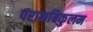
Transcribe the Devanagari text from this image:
परामबिकुलम